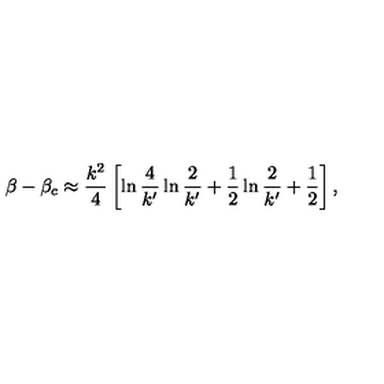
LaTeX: \beta - \beta _ { c } \approx { \frac { k ^ { 2 } } { 4 } } \left[ \ln { \frac { 4 } { k ^ { \prime } } } \ln { \frac { 2 } { k ^ { \prime } } } + { \frac { 1 } { 2 } } \ln { \frac { 2 } { k ^ { \prime } } } + { \frac { 1 } { 2 } } \right] ,